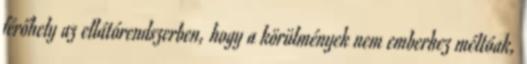
férőhely az ellátórendszerben, hogy a körülmények nem emberhez méltóak,